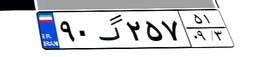
۳۳گ۹۷۳۳۱